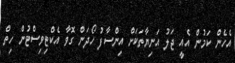
އެހެން ކަމުން އެއީ ޖަލު އަނިޔާތަކަށް އިންސާފު ހޯދަން ގޮވާ އެކްޓިވިސްޓުން ހިތް